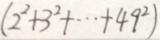
( 2 ^ { 2 } + 3 ^ { 2 } + \cdots + 4 9 ^ { 2 } )